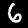
Digit: 6